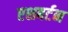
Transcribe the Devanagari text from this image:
एशबर्टन